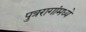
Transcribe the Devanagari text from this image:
पुत्ररागांमध्ये